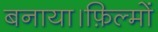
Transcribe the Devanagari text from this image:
बनाया।फ़िल्मों